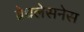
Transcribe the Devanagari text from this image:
ब्रेथलेसनेस